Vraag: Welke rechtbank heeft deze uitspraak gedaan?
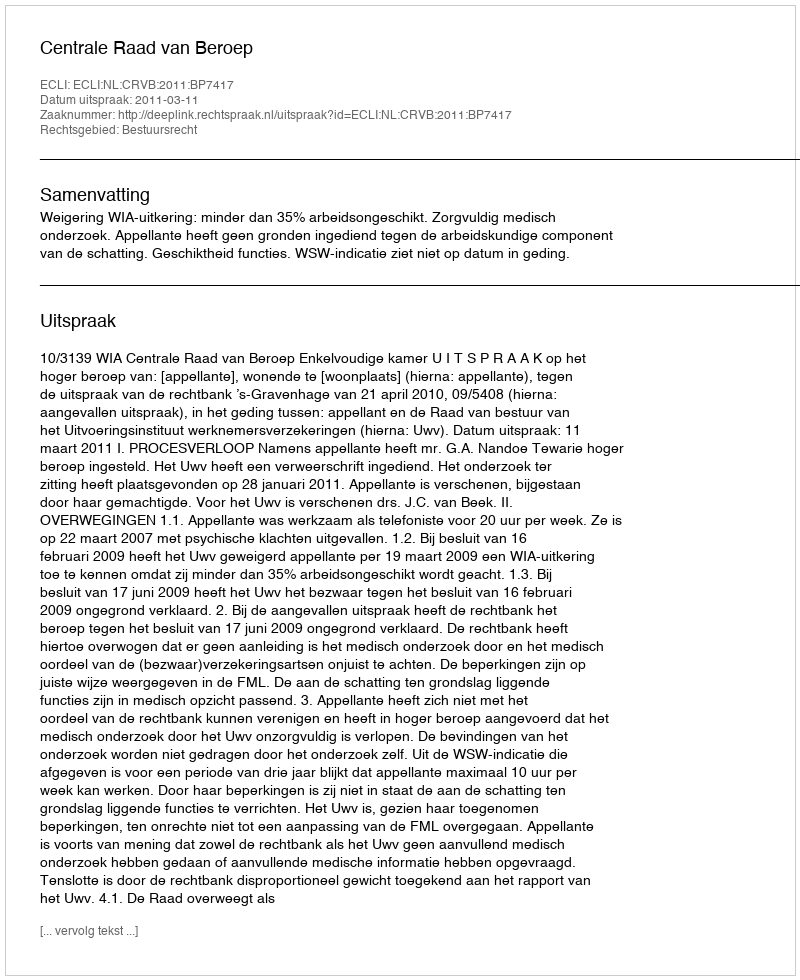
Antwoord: Centrale Raad van Beroep